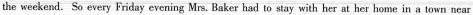
the weekend. So every Friday evening Mrs. Baker had to stay with her at her home in a town near